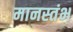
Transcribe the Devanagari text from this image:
मानस्तंभ